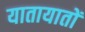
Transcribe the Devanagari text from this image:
यातायातों